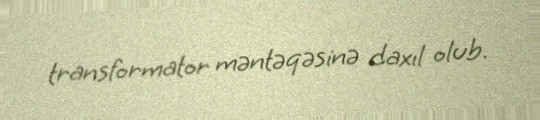
transformator məntəqəsinə daxıl olub.